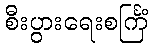
စီးပွားရေးစင်္ကြံ